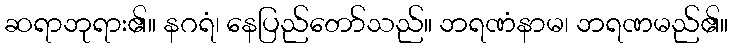
ဆရာဘုရား၏။ နဂရံ၊ နေပြည်တော်သည်။ ဘရဏံနာမ၊ ဘရဏမည်၏။